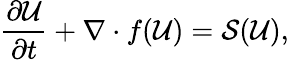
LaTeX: \frac{\partial\mathcal{U}}{\partial t}+\nabla\cdot f(\mathcal{U})=\mathcal{S}(\mathcal{U}),